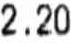
2.20